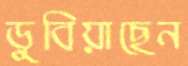
ডুবিয়াছেন